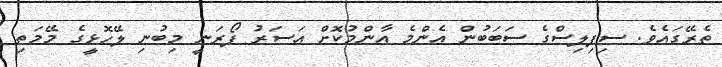
ތެރޭގައެވެ. ސިފިލިސްގެ ސަބަބުން އެންމެ އާންމުކޮށް އަސަރު ފޯރަނީ މިބުނި ލޭހޮޅީގެ މޭމަތި